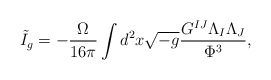
\begin{align*}\tilde{I}_{g}=-\frac{\Omega }{16\pi }\int d^{2}x\sqrt{-g}\frac{G^{IJ}\Lambda_{I}\Lambda _{J}}{\Phi ^{3}},\end{align*}